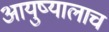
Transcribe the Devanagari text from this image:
आयुष्यालाच